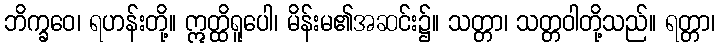
ဘိက္ခဝေ၊ ရဟန်းတို့။ ဣတ္ထိရူပေါ၊ မိန်းမ၏အဆင်း၌။ သတ္တာ၊ သတ္တဝါတို့သည်။ ရတ္တာ၊